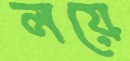
লয়ে